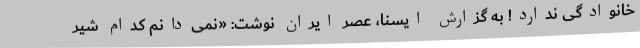
خانوادگی ندارد! به گزارش ایسنا، عصر ایران نوشت: «نمی‌دانم کدام شیر